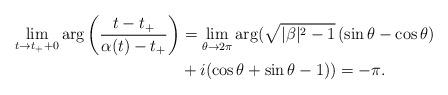
LaTeX: \begin{align*}\lim_{t\to t_++0} \arg \left ( \frac{t-t_+}{\alpha(t)-t_+}\right )&=\lim_{\theta\to 2\pi}\arg( \sqrt{|\beta|^2-1}\,(\sin\theta- \cos\theta)\\ &+ i(\cos \theta+\sin \theta - 1))=-\pi.\end{align*}